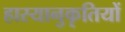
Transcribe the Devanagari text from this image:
हास्यानुकृतियों